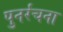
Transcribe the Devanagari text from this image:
पुनर्रंचना